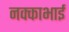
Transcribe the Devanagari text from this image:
नक्काभाई